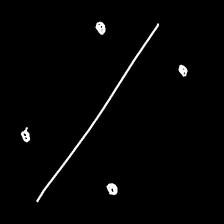
Glyph: cool